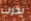
يخرب